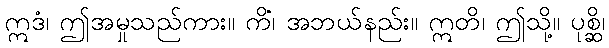
ဣဒံ၊ ဤအမှုသည်ကား။ ကိံ၊ အဘယ်နည်း။ ဣတိ၊ ဤသို့။ ပုစ္ဆိ၊